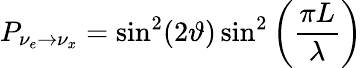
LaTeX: P_{\nu_{e}\rightarrow\nu_{x}}=\sin^{2}(2\vartheta)\sin^{2}\left(\frac{\pi L}{\lambda}\right)